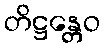
တိဋ္ဌန္တေဝ